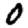
Digit: 0